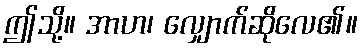
ဤသို့။ အာဟ၊ လျှောက်ဆိုလေ၏။